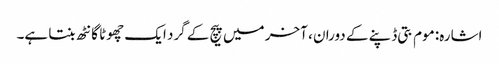
اشارہ: موم بتی ڈپنے کے دوران ، آخر میں پیچ کے گرد ایک چھوٹا گانٹھ بنتا ہے۔